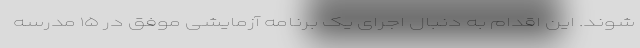
شوند. این اقدام به دنبال اجرای یک برنامه آزمایشی موفق در ۱۵ مدرسه